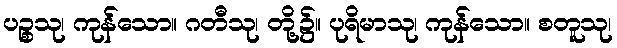
ပဉ္စသု၊ ကုန်သော။ ဂတီသု၊ တို့၌။ ပုရိမာသု၊ ကုန်သော။ စတူသု၊